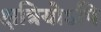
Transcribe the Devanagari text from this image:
क्षत्रियोऽपि